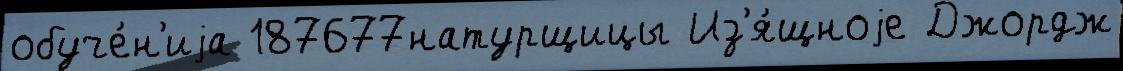
обуче́н'иjа 187677натурщицы Из'я́щноjе Джордж